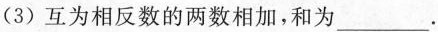
(3)互为相反数的两数相加，和为___.